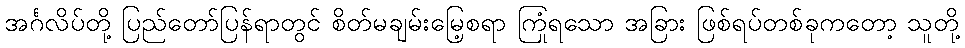
အင်္ဂလိပ်တို့ ပြည်တော်ပြန်ရာတွင် စိတ်မချမ်းမြေ့စရာ ကြုံရသော အခြား ဖြစ်ရပ်တစ်ခုကတော့ သူတို့